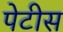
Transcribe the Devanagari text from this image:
पेटीस